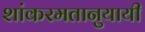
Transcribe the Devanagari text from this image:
शांकरमतानुयायी